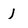
Character: j